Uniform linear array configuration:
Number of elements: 24
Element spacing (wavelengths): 1
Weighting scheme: cosine
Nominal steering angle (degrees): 15
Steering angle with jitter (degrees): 16.655
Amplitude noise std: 0.05
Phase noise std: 0.05

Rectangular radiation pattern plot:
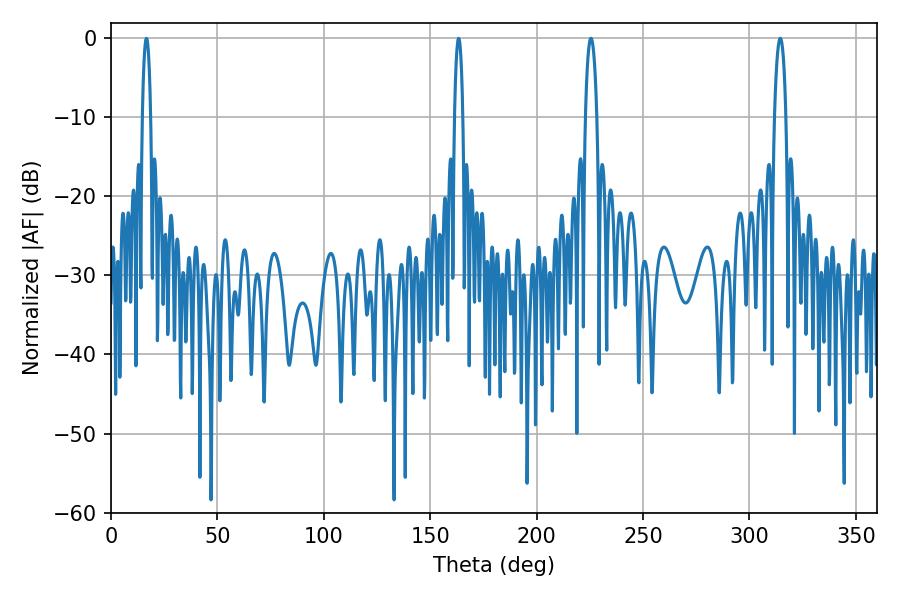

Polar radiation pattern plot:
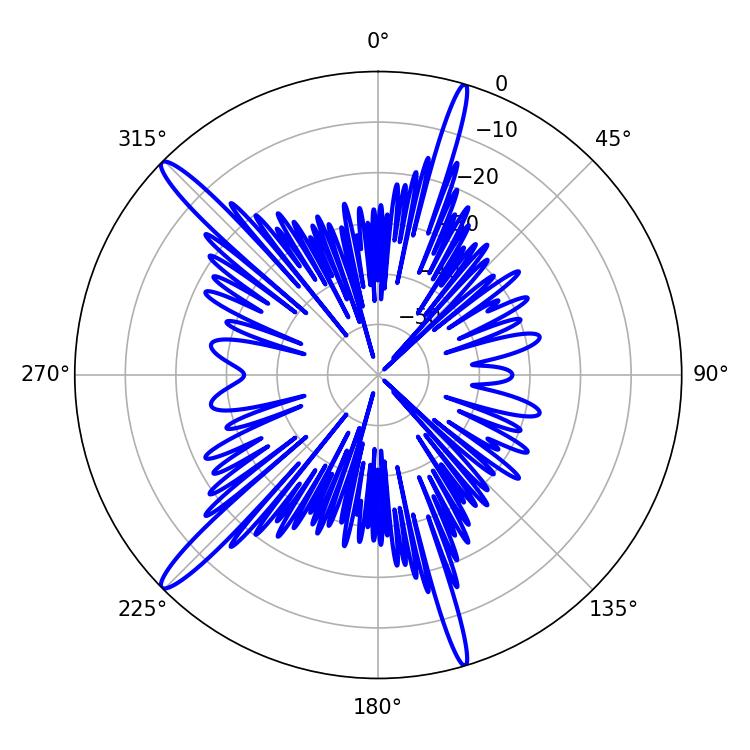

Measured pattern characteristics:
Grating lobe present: TRUE
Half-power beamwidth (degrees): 2.88
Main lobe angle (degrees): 314.46